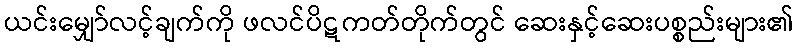
ယင်းမျှော်လင့်ချက်ကို ဖလင်ပိဋကတ်တိုက်တွင် ဆေးနှင့်ဆေးပစ္စည်းများ၏